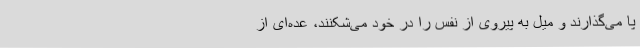
پا می‌گذارند و میل به پیروی از نفس را در خود می‌شکنند، عده‌ای از